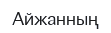
Айжанның